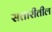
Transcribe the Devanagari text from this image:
सतारीतील